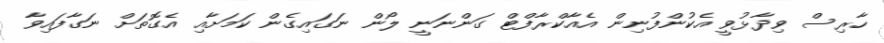
ހާރިސް ވިދާޅުވީ އެކުންފުނިން އެއާކްރާފްޓް ގަންނަނީ ލޯން ނަގައިގެން ކަމަށާއި އެގޮތަށް ނަގާފައިވާ